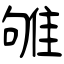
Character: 雊